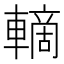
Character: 𲄽